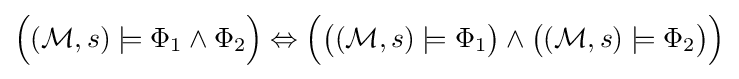
{\Big (}({\mathcal {M}},s)\models \Phi _{1}\land \Phi _{2}{\Big )}\Leftrightarrow {\Big (}{\big (}({\mathcal {M}},s)\models \Phi _{1}{\big )}\land {\big (}({\mathcal {M}},s)\models \Phi _{2}{\big )}{\Big )}